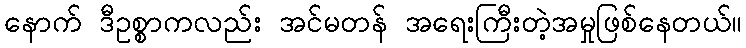
နောက် ဒီဥစ္စာကလည်း အင်မတန် အရေးကြီးတဲ့အမှုဖြစ်နေတယ်။